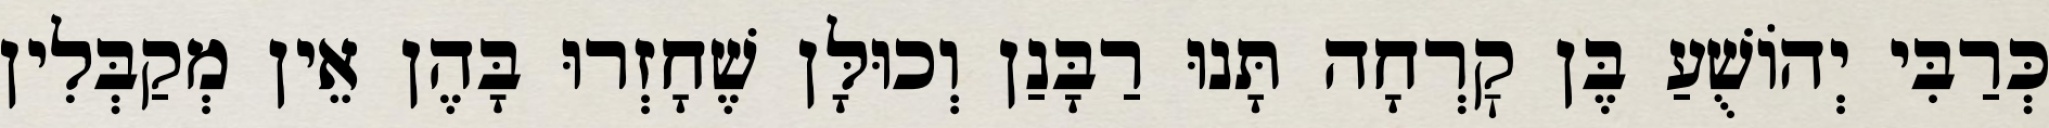
כְּרַבִּי יְהוֹשֻׁעַ בֶּן קׇרְחָה תָּנוּ רַבָּנַן וְכוּלָּן שֶׁחָזְרוּ בָּהֶן אֵין מְקַבְּלִין